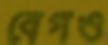
বেগও